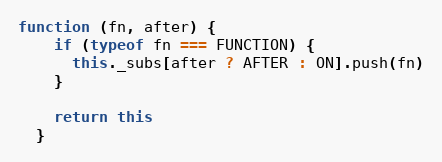
Language: JavaScript
function (fn, after) {
    if (typeof fn === FUNCTION) {
      this._subs[after ? AFTER : ON].push(fn)
    }

    return this
  }